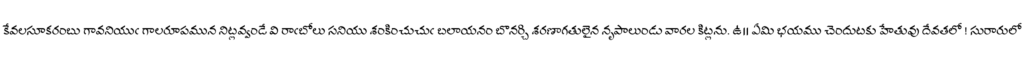
కేవలసూకరంబు గావనియుఁ గాలరూపమున నిట్లవ్వండే వి రాఁబోలు సనియు శంకించుచుఁ బలాయనం బొనర్చి శరణాగతులైన నృపాలుండు వారల కిట్లను. ఉ॥ ఏమి భయము చెందుటకు హేతువు దేవతలో ! సురారులో